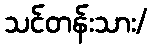
သင်တန်းသား/